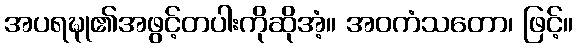
အပရဍ္ဎု၏အဖွင့်တပါးကိုဆိုအံ့။ အဝကံသတော၊ ဖြင့်။